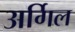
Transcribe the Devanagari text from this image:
अर्गिल